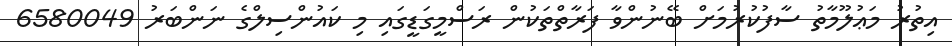
އިތުރު މަޢުލޫމާތު ސާފުކުރުމަށް ބޭނުންވާ ފަރާތްތަކުން ރަސްމީގަޑީގައި މި ކައުންސިލްގެ ނަންބަރު 6580049